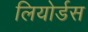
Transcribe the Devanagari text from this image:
लियोर्डस